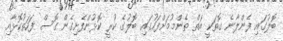
ބޮލުގައި ފެންލާނެ ގޮތަކީ އަތް ތެންމުމަށްފަހުގައި ބޮލުގެ ކުރީ ކޮޅުންފެށިގެން ގޮސް ފަހަތުކޮޅާއި